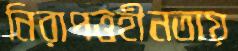
নিরাপত্তহীনতায়